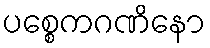
ပစ္စေကဂဏိနော